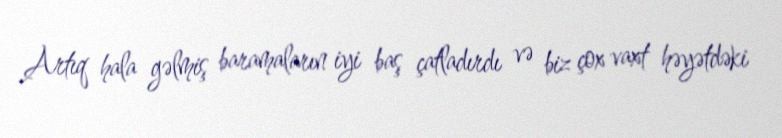
Artıq hala gəlmiş baramaların iyi baş çatladırdı və biz çox vaxt həyətdəki